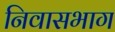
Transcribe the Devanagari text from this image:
निवासभाग